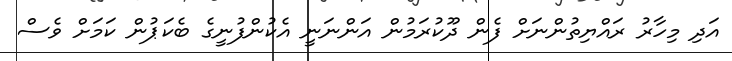
އަދި މިހާރު ރައްޔިތުންނަށް ފެން ދޫކުރަމުން އަންނަނީ އެކުންފުނީގެ ބެކަޕުން ކަމަށް ވެސް